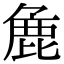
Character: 麁